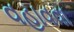
વહાવવા